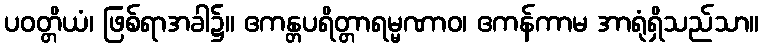
ပဝတ္တိယံ၊ ဖြစ်ရာအခါ၌။ ဧကန္တပရိတ္တာရမ္မဏာဝ၊ ဧကန်ကာမ အာရုံရှိသည်သာ။